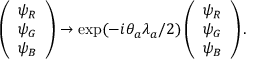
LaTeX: \left( \begin{array} { l } { { \psi _ { R } } } \\ { { \psi _ { G } } } \\ { { \psi _ { B } } } \end{array} \right) \rightarrow \exp ( - i \theta _ { a } \lambda _ { a } / 2 ) \left( \begin{array} { l } { { \psi _ { R } } } \\ { { \psi _ { G } } } \\ { { \psi _ { B } } } \end{array} \right) .